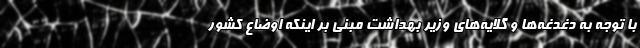
با توجه به دغدغه‌ها و گلایه‌های وزیر بهداشت مبنی بر اینکه اوضاع کشور